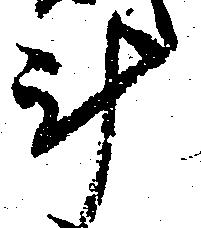
斗